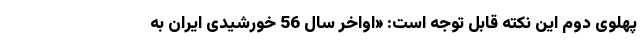
پهلوی دوم این نکته قابل توجه است: «اواخر سال 56 خورشیدی ایران به